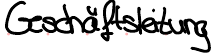
Geschäftsleitung